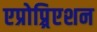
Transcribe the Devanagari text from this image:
एप्रोप्र्रिएशन